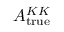
A _ { \mathrm { t r u e } } ^ { K K }